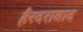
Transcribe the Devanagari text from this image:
हैरदराबाद